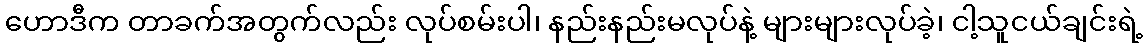
ဟောဒီက တာခက်အတွက်လည်း လုပ်စမ်းပါ၊ နည်းနည်းမလုပ်နဲ့ များများလုပ်ခဲ့၊ ငါ့သူငယ်ချင်းရဲ့